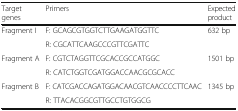
<table><thead><tr><td><b>Target genes</b></td><td><b>Primers</b></td><td><b>Expected product</b></td></tr></thead><tbody><tr><td rowspan="2">Fragment I</td><td>F: GCAGCGTGGTCTTGAAGATGGTTC</td><td rowspan="2">632 bp</td></tr><tr><td>R: CGCATTCAAGCCCGTTCGATTC</td></tr><tr><td rowspan="2">Fragment A</td><td>F: CGTCTAGGTTCGCACCGCCATGGC</td><td rowspan="2">1501 bp</td></tr><tr><td>R: CATCTGGTCGATGGACCAACGCGCACC</td></tr><tr><td rowspan="2">Fragment B</td><td>F: CATCGACCAGATGGACAACGTCAACCCCTTCAAC</td><td rowspan="2">1345 bp</td></tr><tr><td>R: TTACACGGCGTTGCCTGTGGCG</td></tr></tbody></table>